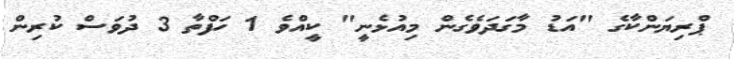
ޕްރިޔަންކާގެ "އަޑު މާގަދަވެގެން މިއުޅެނީ" ކީއްވެ 1 ހަފްތާ 3 ދުވަސް ކުރިން